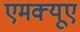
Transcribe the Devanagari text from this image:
एमक्यूए